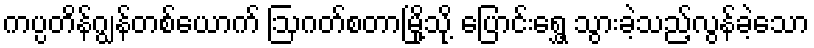
ကပ္ပတိန်ဂျွန်တစ်ယောက် ဩဂတ်စတာမြို့သို့ ပြောင်းရွှေ့ သွားခဲ့သည့်လွန်ခဲ့သော